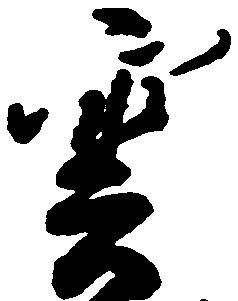
雲